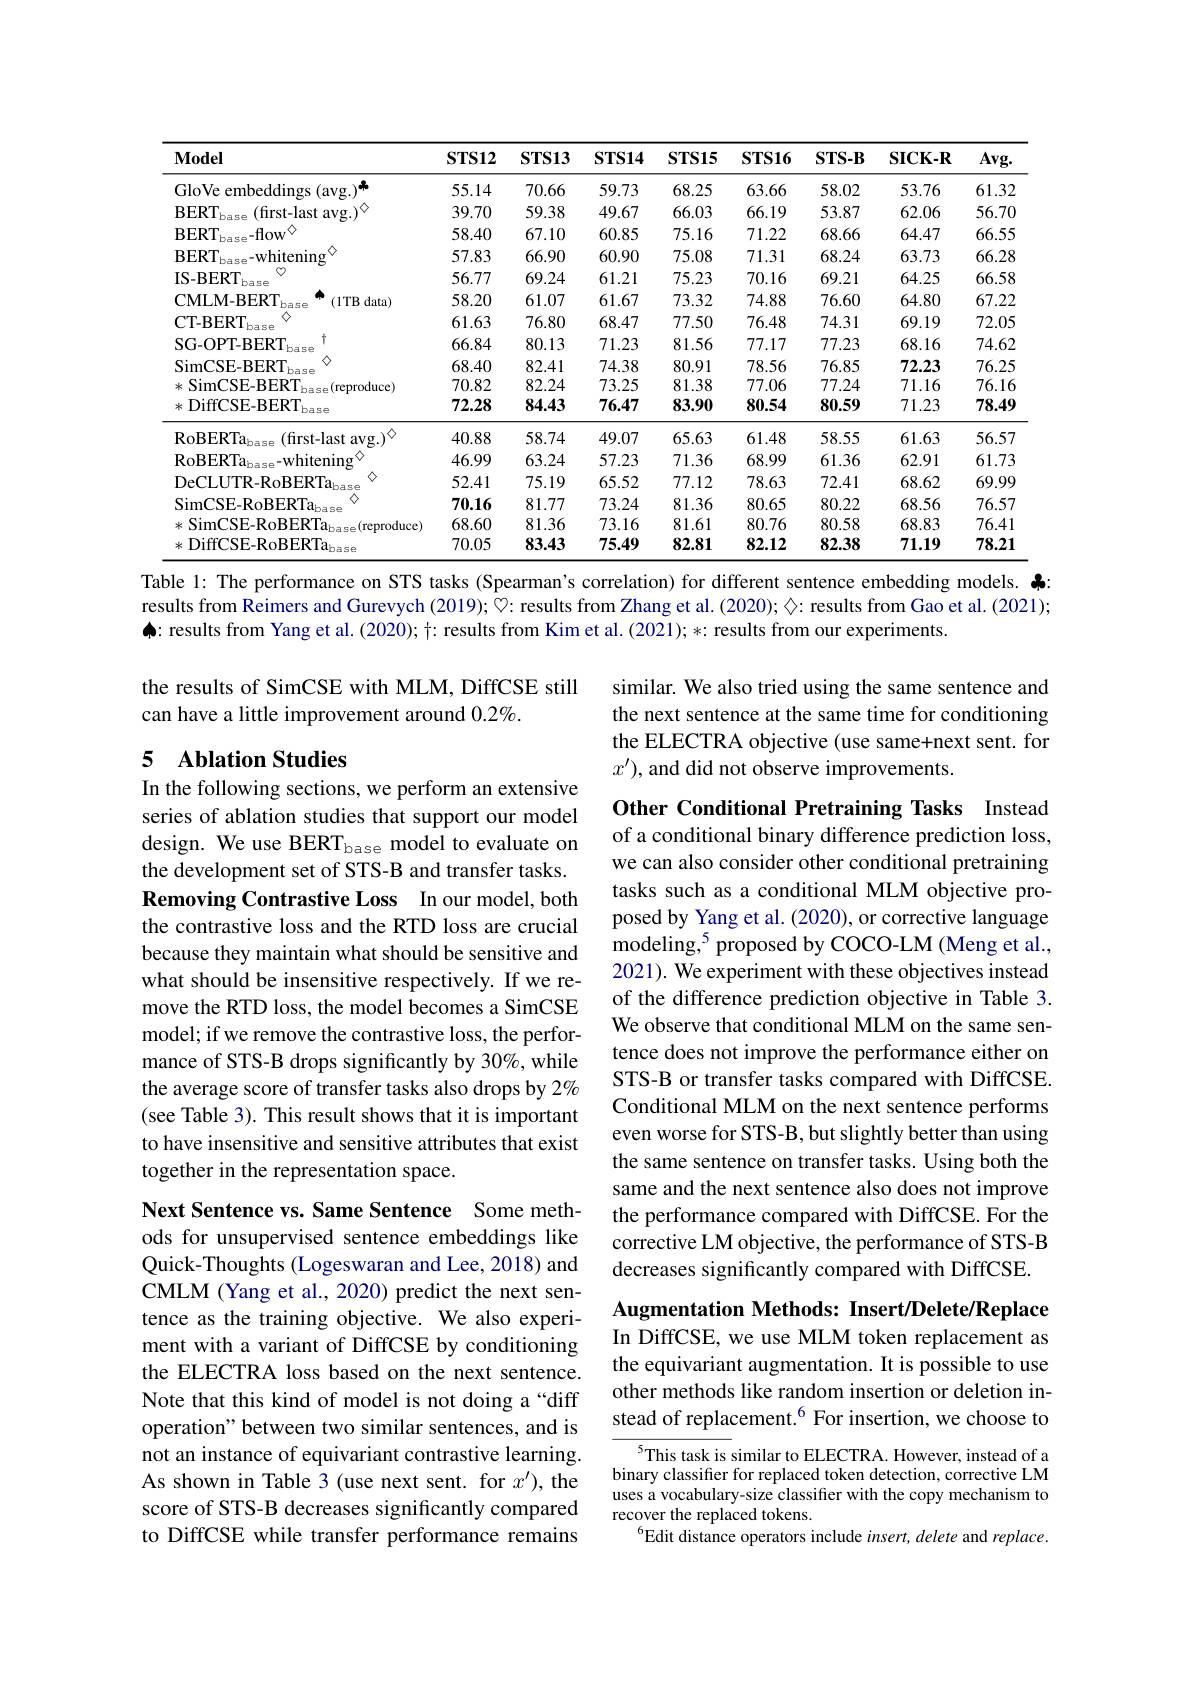
<table>
	<tbody>
		<tr>
			<th>$\mathbf{Model}$</th>
			<th>$\mathbf{STS12}$</th>
			<th>$\mathbf{STS13}$</th>
			<th>$\mathbf{STS14}$</th>
			<th>$\mathbf{STS15}$</th>
			<th>$\mathbf{STS16}$</th>
			<th>$\mathbf{STS-B}$</th>
			<th>$\mathbf{SICK-R}$</th>
			<th>$\mathbf{Avg}.$</th>
		</tr>
		<tr>
			<td>GloVe embeddings $\mathbf{s}(\mathbf{avg}_{1})^{\mathbf{m}}$</td>
			<td>55.14</td>
			<td>70.66</td>
			<td>59.73</td>
			<td>68.25</td>
			<td>63.66</td>
			<td>58.02</td>
			<td>53.76</td>
			<td>61.32</td>
		</tr>
		<tr>
			<td>$\mathrm{BERT}_{\mathrm{base}}$ (first-last avg.$)^{\circ}$</td>
			<td>39.70</td>
			<td>59.38</td>
			<td>49.67</td>
			<td>66.03</td>
			<td>66.19</td>
			<td>53.87</td>
			<td>62.06</td>
			<td>$56.7C$</td>
		</tr>
		<tr>
			<td>$\mathrm{BERT}_{\mathrm{base}}$-flow$^{\diamond}$</td>
			<td>58.40</td>
			<td>67.10</td>
			<td>60.85</td>
			<td>75.16</td>
			<td>71.22</td>
			<td>68.66</td>
			<td>64.47</td>
			<td>66.55</td>
		</tr>
		<tr>
			<td>$\mathrm{BERT}_{\mathrm{base}}$-whitening</td>
			<td>57.83</td>
			<td>66.90</td>
			<td>60.90</td>
			<td>75.08</td>
			<td>71.31</td>
			<td>68.24</td>
			<td>63.73</td>
			<td>66.28</td>
		</tr>
		<tr>
			<td>IS- BERT base</td>
			<td>56.77</td>
			<td>69.24</td>
			<td>61.21</td>
			<td>75.23</td>
			<td>70.16</td>
			<td>69.21</td>
			<td>64.25</td>
			<td>66.58</td>
		</tr>
		<tr>
			<td>CMLM- BERT base (1TB data)</td>
			<td>58.20</td>
			<td>61.07</td>
			<td>61.67</td>
			<td>73.32</td>
			<td>74.88</td>
			<td>76.60</td>
			<td>64.80</td>
			<td>67.22</td>
		</tr>
		<tr>
			<td>CT-BERT base</td>
			<td>61.63</td>
			<td>76.80</td>
			<td>68.47</td>
			<td>77.50</td>
			<td>76.48</td>
			<td>74.31</td>
			<td>69.19</td>
			<td>72.05</td>
		</tr>
		<tr>
			<td>SG-OPT-BERT $2a5e$</td>
			<td>66.84</td>
			<td>80.13</td>
			<td>71.23</td>
			<td>81.56</td>
			<td>77.17</td>
			<td>77.23</td>
			<td>68.16</td>
			<td>74.62</td>
		</tr>
		<tr>
			<td>SimCSE-BERT</td>
			<td>68.40</td>
			<td>82.41</td>
			<td>74.38</td>
			<td>80.91</td>
			<td>78.56</td>
			<td>76.85</td>
			<td>72.23</td>
			<td>76.25</td>
		</tr>
		<tr>
			<td>米 SimCSE-BERT hase(reproduce)</td>
			<td>70.82</td>
			<td>82.24</td>
			<td>73.25</td>
			<td>81.38</td>
			<td>77.06</td>
			<td>77.24</td>
			<td>71.16</td>
			<td>$76.1\epsilon$</td>
		</tr>
		<tr>
			<td>DiffCSE-BERT$_\mathrm{base}$ 米 $\frac{1}{2}=\frac{1}{2}$</td>
			<td>72.28</td>
			<td>84.43</td>
			<td>76.47</td>
			<td>83.90</td>
			<td>80.54</td>
			<td>80.59</td>
			<td>71.23</td>
			<td>78.49</td>
		</tr>
		<tr>
			<td>$\mathrm{RoBERTa}_{\mathrm{base}}$ (first-last avg.$)^\diamond$</td>
			<td>40.88</td>
			<td>58.74</td>
			<td>49.07</td>
			<td>65.63</td>
			<td>61.48</td>
			<td>58.55</td>
			<td>61.63</td>
			<td>56.57</td>
		</tr>
		<tr>
			<td>$\mathrm{RoBERTa}_{\mathrm{bas}}$ $_{5, \rho }-$whitening</td>
			<td>46.99</td>
			<td>63.24</td>
			<td>57.23</td>
			<td>71.36</td>
			<td>68.99</td>
			<td>61.36</td>
			<td>62.91</td>
			<td>61.73</td>
		</tr>
		<tr>
			<td>$\mathrm{DeCLUTR-RoBERTa}_{\mathrm{base}}$</td>
			<td>52.41</td>
			<td>75.19</td>
			<td>65.52</td>
			<td>77.12</td>
			<td>78.63</td>
			<td>72.41</td>
			<td>68.62</td>
			<td>69.99</td>
		</tr>
		<tr>
			<td>$\mathrm{SimCSE-RoBERTa}_{\mathrm{base}}$</td>
			<td>70.16</td>
			<td>81.77</td>
			<td>73.24</td>
			<td>81.36</td>
			<td>80.65</td>
			<td>80.22</td>
			<td>68.56</td>
			<td>76.57</td>
		</tr>
		<tr>
			<td>$\mathrm{SimCSE-RoBERTa}_{\mathrm{base}}($reproduce) 米</td>
			<td>68.60</td>
			<td>81.36</td>
			<td>73.16</td>
			<td>81.61</td>
			<td>80.76</td>
			<td>80.58</td>
			<td>68.83</td>
			<td>76.41</td>
		</tr>
		<tr>
			<td>$DiffCSE-RoBERTa_{\mathrm{base}}$ 米</td>
			<td>70.05</td>
			<td>83.43</td>
			<td>75.49</td>
			<td>82.81</td>
			<td>82.12</td>
			<td>82.38</td>
			<td>71.19</td>
			<td>78.21</td>
		</tr>
	</tbody>
</table>
Table l: The performance on STS tasks (Spearman's correlation) for different sentence embedding models. $\clubsuit$

results from Reimers and Gurevych (2019); ♡: results from Zhang et al. (2020); ◇: results from Gao et al. (2021);
$\spadesuit:$ results from Yang et al. (2020); +: results from Kim et al. (2021); *: results from our experiments.

the results of SimCSE with MLM, DiffCSE still
can have a little improvement around $0.2\%.$

similar. We also tried using the same sentence and the next sentence at the same time for conditioning the ELECTRA objective (use same+next sent. for $x^{\prime})$, and did not observe improvements.

## 5 Ablation Studies

In the following sections, we perform an extensive series of ablation studies that support our model design. We use BERT$_\mathrm{base}$ model to evaluate on the development set of STS-B and transfer tasks. Removing Contrastive Loss In our model, both the contrastive loss and the RTD loss are crucial because they maintain what should be sensitive and what should be insensitive respectively. If we remove the RTD loss, the model becomes a SimCSE model; if we remove the contrastive loss, the performance of STS-B drops significantly by 30%, while the average score of transfer tasks also drops by 2% (see Table 3). This result shows that it is important to have insensitive and sensitive attributes that exist together in the representation space.

Other Conditional Pretraining Tasks Instead of a conditional binary difference prediction loss, we can also consider other conditional pretraining tasks such as a conditional MLM objective proposed by Yang et al. (2020), or corrective language modeling,$^5$ proposed by COCO-LM (Meng et al., 2021). We experiment with these objectives instead of the difference prediction objective in Table 3. We observe that conditional MLM on the same sentence does not improve the performance either on STS-B or transfer tasks compared with DiffCSE. Conditional MLM on the next sentence performs even worse for STS-B, but slightly better than using the same sentence on transfer tasks. Using both the same and the next sentence also does not improve the performance compared with DiffCSE. For the corrective LM objective, the performance of STS-B decreases significantly compared with DiffCSE.

Augmentation Methods: Insert/Delete/Replace

In DiffCSE, we use MLM token replacement as the equivariant augmentation. It is possible to use other methods like random insertion or deletion instead of replacement.$^{6}$ For insertion, we choose to

Next Sentence vs. Same Sentence Some methods for unsupervised sentence embeddings like Quick-Thoughts (Logeswaran and Lee, 2018) and CMLM (Yang et al., 2020) predict the next sentence as the training objective. We also experiment with a variant of DiffCSE by conditioning the ELECTRA loss based on the next sentence. Note that this kind of model is not doing a“diff operation" between two similar sentences, and is not an instance of equivariant contrastive learning. As shown in Table 3 (use next sent. for $x^\prime)$, the score of STS-B decreases significantly compared to DiffCSE while transfer performance remains

$^{5}$This task is similar to ELECTRA. However, instead of a binary classifier for replaced token detection, corrective LM uses a vocabulary-size classifier with the copy mechanism to recover the replaced tokens.
$^{6}$Edit distance operators include insert, delete and replace.